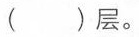
()层。